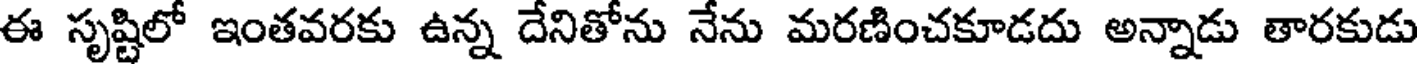
ఈ సృష్టిలో ఇంతవరకు ఉన్న దేనితోను నేను మరణించకూడదు అన్నాడు తారకుడు